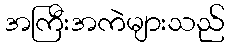
အကြီးအကဲများသည်